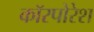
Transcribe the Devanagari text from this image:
कॉरपोरेश